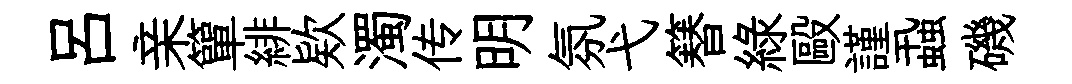
吕亲簞緋欵濁传明氛弋簮綠毆謹蝨磯